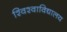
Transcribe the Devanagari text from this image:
श्विश्वाविद्यालय